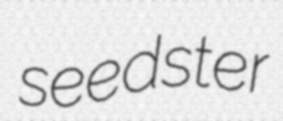
seedster